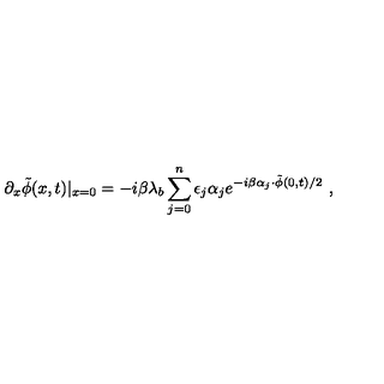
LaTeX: \partial _ { x } \tilde { \phi } ( x , t ) | _ { x = 0 } = - i \beta \lambda _ { b } \sum _ { j = 0 } ^ { n } \epsilon _ { j } \alpha _ { j } e ^ { - i \beta \alpha _ { j } \cdot \tilde { \phi } ( 0 , t ) / 2 } \ ,